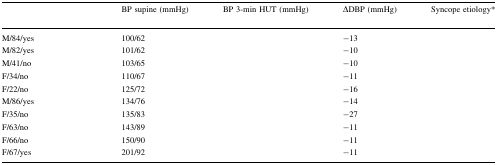
<table><thead><tr><td>[EMPTY_CELL]</td><td><b>BP supine (mmHg)</b></td><td><b>BP 3-min HUT (mmHg)</b></td><td><b>ΔDBP (mmHg)</b></td><td><b>Syncope etiology*</b></td></tr></thead><tbody><tr><td>M/84/yes</td><td>100/62</td><td>[EMPTY_CELL]</td><td>−13</td><td>[EMPTY_CELL]</td></tr><tr><td>M/82/yes</td><td>101/62</td><td>[EMPTY_CELL]</td><td>−10</td><td>[EMPTY_CELL]</td></tr><tr><td>M/41/no</td><td>103/65</td><td>[EMPTY_CELL]</td><td>−10</td><td>[EMPTY_CELL]</td></tr><tr><td>F/34/no</td><td>110/67</td><td>[EMPTY_CELL]</td><td>−11</td><td>[EMPTY_CELL]</td></tr><tr><td>F/22/no</td><td>125/72</td><td>[EMPTY_CELL]</td><td>−16</td><td>[EMPTY_CELL]</td></tr><tr><td>M/86/yes</td><td>134/76</td><td>[EMPTY_CELL]</td><td>−14</td><td>[EMPTY_CELL]</td></tr><tr><td>F/35/no</td><td>135/83</td><td>[EMPTY_CELL]</td><td>−27</td><td>[EMPTY_CELL]</td></tr><tr><td>F/63/no</td><td>143/89</td><td>[EMPTY_CELL]</td><td>−11</td><td>[EMPTY_CELL]</td></tr><tr><td>F/66/no</td><td>150/90</td><td>[EMPTY_CELL]</td><td>−11</td><td>[EMPTY_CELL]</td></tr><tr><td>F/67/yes</td><td>201/92</td><td>[EMPTY_CELL]</td><td>−11</td><td>[EMPTY_CELL]</td></tr></tbody></table>